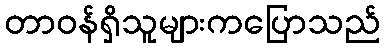
တာဝန်ရှိသူများကပြောသည်